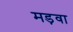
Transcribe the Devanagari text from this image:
मड़वा